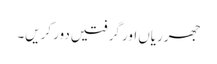
جھرریاں اور گرفتیں دور کریں۔